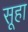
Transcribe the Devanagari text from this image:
सूहा